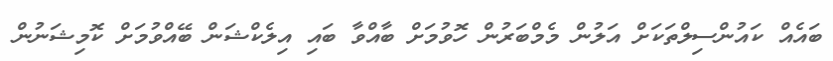
ބައެއް ކައުންސިލްތަކަށް އަލުން މެމްބަރުން ހޮވުމަށް ބާއްވާ ބައި އިލެކްޝަން ބޭއްވުމަށް ކޮމިޝަނުން